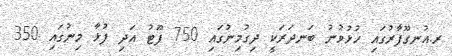
ރ.އުނގޫފާރުގައި ހުޅުވުނު ބަނދަރަކީ ދިގުމިނުގައި 750 ފޫޓު އަދި ފުޅާ މިނުގައި 350